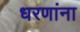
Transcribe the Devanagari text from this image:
धरणांना